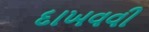
દાખવવી